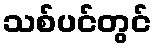
သစ်ပင်တွင်